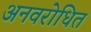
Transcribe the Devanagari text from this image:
अनवरोधित